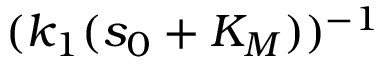
( k _ { 1 } ( s _ { 0 } + K _ { M } ) ) ^ { - 1 }